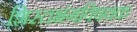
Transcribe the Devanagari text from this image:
शिस्तभंगविषयक